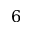
\mathsfit { 6 }